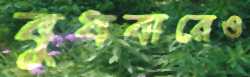
বুধবারেও